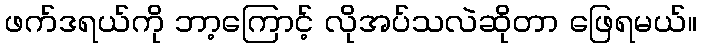
ဖက်ဒရယ်ကို ဘာ့ကြောင့် လိုအပ်သလဲဆိုတာ ဖြေရမယ်။